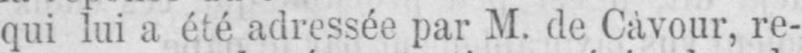
qui lui a été adressée par M. de Cavour, re-